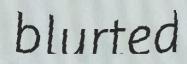
blurted